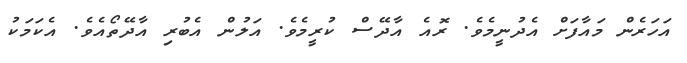
އަހަރެން މައާފަށް އެދުނީމެވެ. ރޮއެ އާދޭސް ކުރީމެވެ. އަލުން އެބުރި އާދޭތޯއެވެ. އެކަމަކު